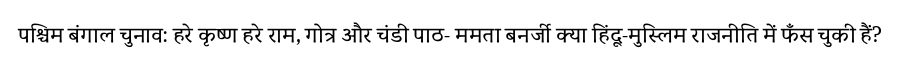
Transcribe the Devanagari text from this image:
पश्चिम बंगाल चुनाव: हरे कृष्ण हरे राम, गोत्र और चंडी पाठ- ममता बनर्जी क्या हिंदू-मुस्लिम राजनीति में फँस चुकी हैं?